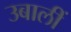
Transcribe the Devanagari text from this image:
उबालीं